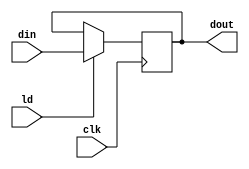
`timescale 1ns / 1ps
module pipo1(dout,din,ld,clk);

input [15:0] din;
input ld,clk;
output reg [15:0] dout;

always @(posedge clk) begin
    if (ld) 
	  dout<=din; 

end
endmodule